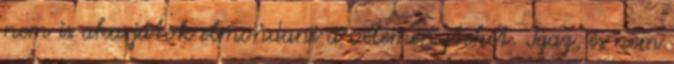
nem is akarjátok elmondani a véleményteket. Igaz, és nem